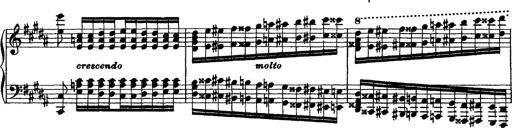
Title: Grandes Ã©tudes de Paganini
Composer: Franz Liszt